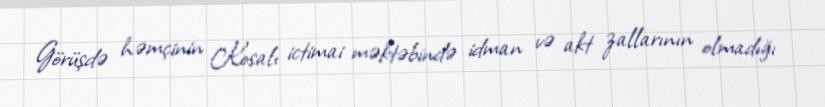
Görüşdə həmçinin Kosalı ictimai məktəbində idman və akt zallarının olmadığı